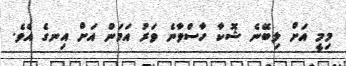
މިމީ އަށް ލިބޭނެ ޝޮކާ ހާސްވާނެ ވަރު އަމަން އަށް އިނގެ އެވެ.